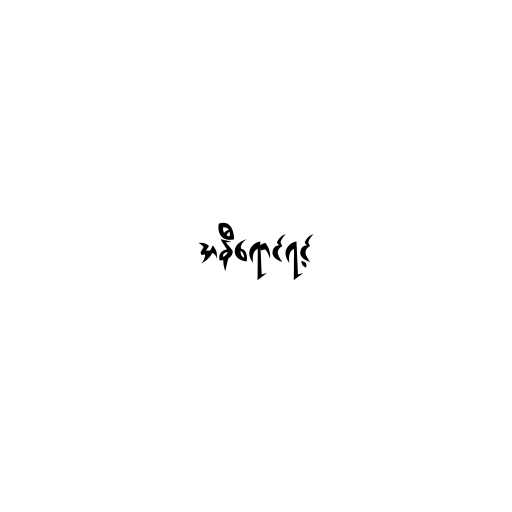
အနီရောင်ရင့်